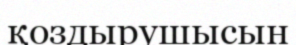
қоздырушысын